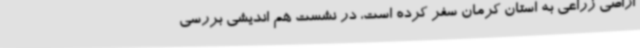
اراضی زراعی به استان کرمان سفر کرده است، در نشست هم اندیشی بررسی